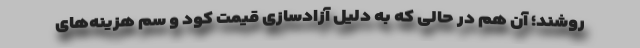
روشند؛ آن هم در حالی‌ که به‌ دلیل آزادسازی قیمت کود و سم هزینه‌های